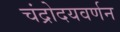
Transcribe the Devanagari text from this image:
चंद्रोदयवर्णन